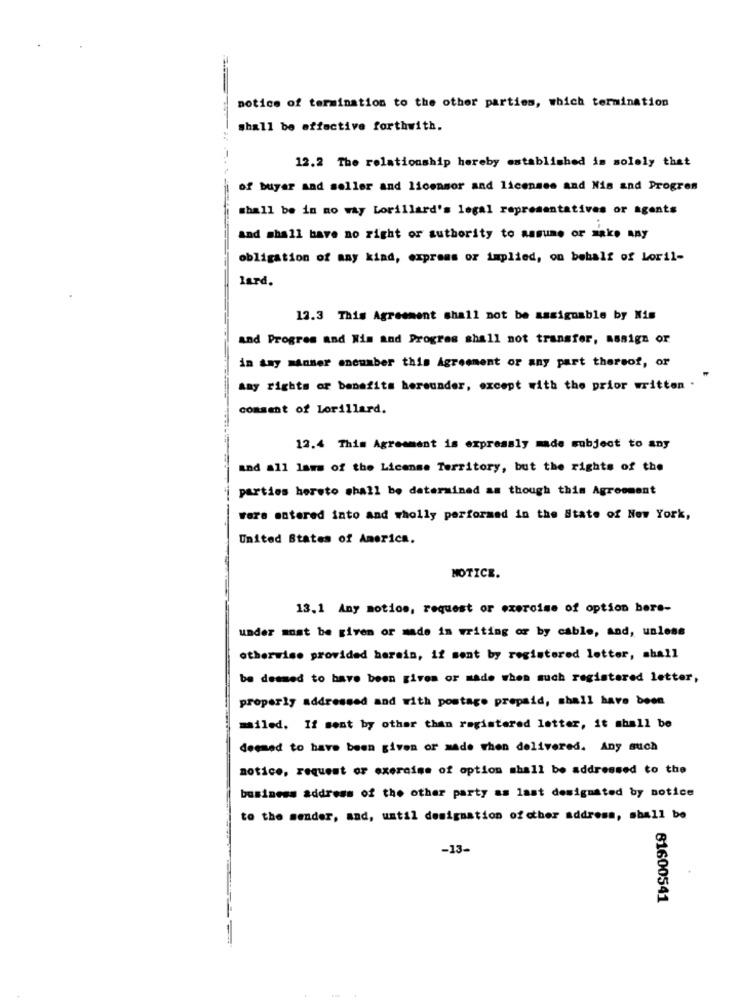
notice of termination to the other parties, which termination
shall be effective forthwith.
12.2 The relationship hereby established in solely that
of buyer and seller and licensor and licenses and Nis and Progres
shall be in no way Lorillard's legal representatives or agents
and shall have no right or authority to assume or anke any
obligation of any kind, express or implied, on behalf of Loril-
lard.
12.3 This Agreement shall not be assignable by Nis
and Progres and Nim and Progres shall not transfer, assign or
in any manner encumber this Agreement or any part thereof, or
say rights of benefits hereunder, except with the prior written .
comsent of Lorillard.
12.4 This Agreement is expressly made subject to any
and all laws of the License Territory, but the rights of the
parties hereto shall be determined as though this Agreement
Fere entered into and wholly performed in the State of New York,
United States of America.
NOTICE.
13.1 Any motion, request or exercise of option bere-
under most be given or made in writing or by cable, and, unless
otherwise provided herein, if sent by registered letter, shall
be deemed to have been given or made when such registered letter,
properly addressed and with postage prepaid, shall have been
mailed. If sent by other than registered letter, it shall be
deemed to have been given or made when delivered. Any such
notice, request or exercise of option shall be addressed to the
business address of the other party as last designated by notice
to the sender, and, until designation of other address, shall be
-13-
81600541